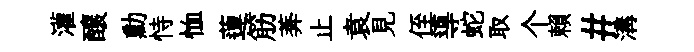
灌釀勳恃恤蓮筋莾止袁見侄導蛇取个賴#溝